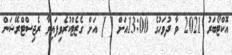
އޮކްޓޯބަރު 2021 ވާ ދުވަހުގެ 13:00އަށް [ ] އަށް ގެޒެޓްކުރެވިފައިވާ ރެޖިސްޓްރޭޝަން